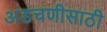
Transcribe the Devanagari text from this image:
अडचणीसाठी